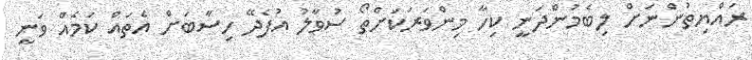
ރައްޔިތުންނަށް ލިބެމުންދަނީ ކިހާ މިންވަރަކަށްތޯ ސުވާލު އުފެދޭ ހިސާބަށް އެތައް ކަމެއް ވަނީ